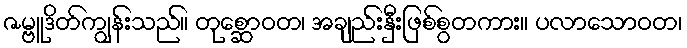
ဇမ္ဗူဒိတ်ကျွန်းသည်။ တုစ္ဆောဝတ၊ အချည်းနှီးဖြစ်စွတကား။ ပလာသောဝတ၊